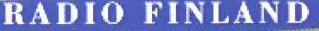
RADIO FINLAND